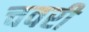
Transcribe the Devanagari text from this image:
चवरी